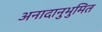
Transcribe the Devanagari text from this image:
अनादानुभुमित